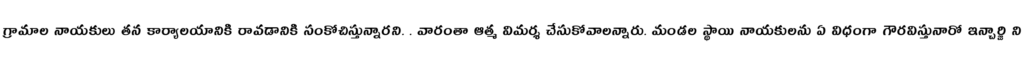
గ్రామాల నాయకులు తన కార్యాలయానికి రావడానికి సంకోచిస్తున్నారని. . వారంతా ఆత్మ విమర్శ చేసుకోవాలన్నారు. మండల స్థాయి నాయకులను ఏ విధంగా గౌరవిస్తునారో ఇన్చార్జి ని